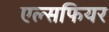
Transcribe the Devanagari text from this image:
एल्सफियर